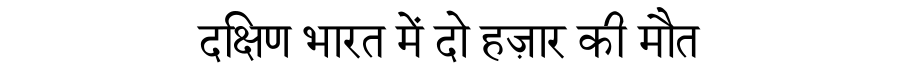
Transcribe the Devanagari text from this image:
दक्षिण भारत में दो हज़ार की मौत